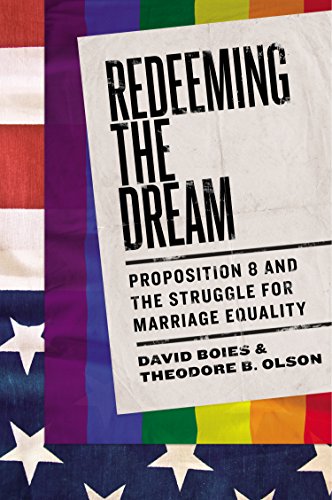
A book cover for Redeeming the Dream: Proposition 8 and the Struggle for Marriage Equality; David Boies; Law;